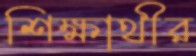
শিক্ষাথীর